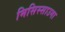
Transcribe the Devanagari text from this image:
मिसिस्साउगा